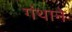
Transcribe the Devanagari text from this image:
गंथाने